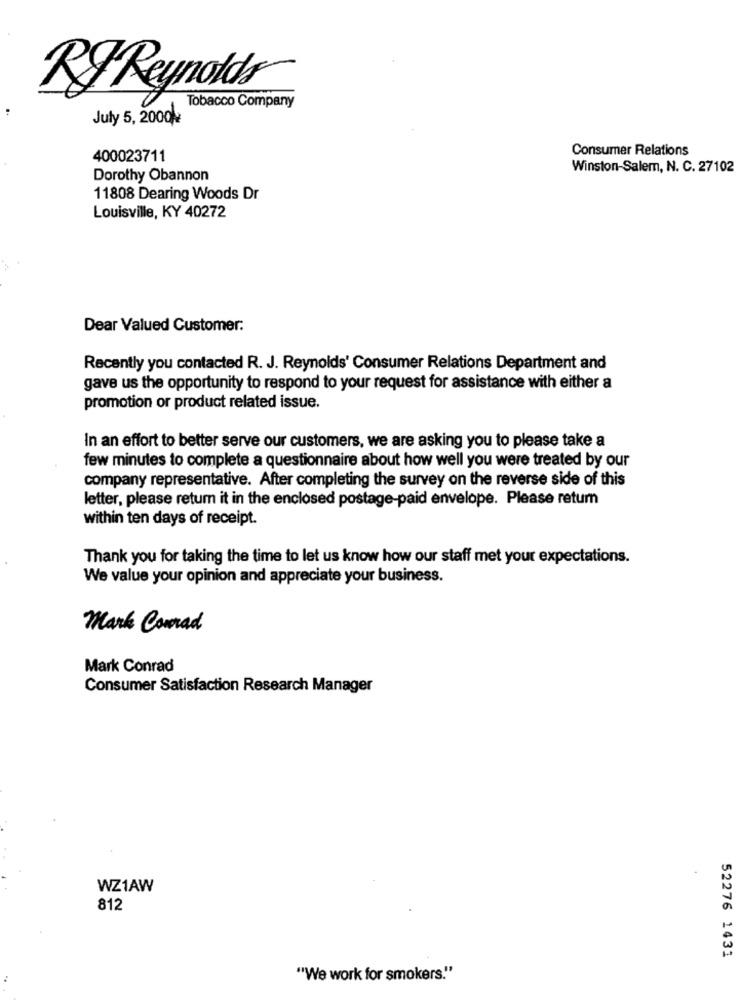
Ry Reynolds
Tobacco Company
July 5, 2000
Consumer Relations
400023711
Winston-Salem, N. C. 27102
Dorothy Obannon
11808 Dearing Woods Dr
Louisville, KY 40272
Dear Valued Customer:
Recently you contacted R. J. Reynolds' Consumer Relations Department and
gave us the opportunity to respond to your request for assistance with either a
promotion or product related issue.
In an effort to better serve our customers, we are asking you to please take a
few minutes to complete a questionnaire about how well you were treated by our
company representative. After completing the survey on the reverse side of this
letter, please return it in the enclosed postage-paid envelope. Please retum
within ten days of receipt.
Thank you for taking the time to let us know how our staff met your expectations.
We value your opinion and appreciate your business.
Mark Comrad
Mark Conrad
Consumer Satisfaction Research Manager
WZ1AW
812
52276 1431
"We work for smokers."